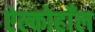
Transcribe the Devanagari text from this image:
ऐल्कोहाँल